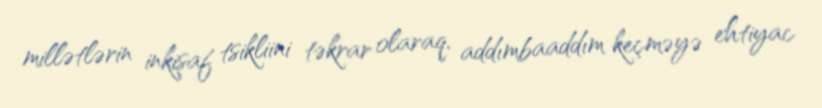
millətlərin inkişaf tsikliini təkrar olaraq, addımbaaddım keçməyə ehtiyac